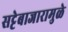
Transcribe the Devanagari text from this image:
सट्टेबाजारामुळे